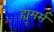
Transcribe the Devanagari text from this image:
ह्यूमर्स